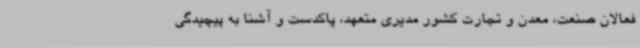
فعالان صنعت، معدن و تجارت کشور مدیری متعهد، پاکدست و آشنا به پیچیدگی